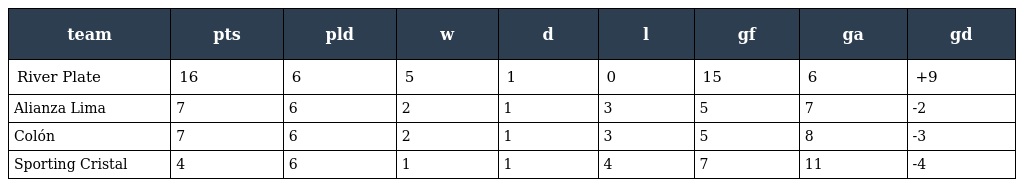
| team | pts | pld | w | d | l | gf | ga | gd |
 | --- | --- | --- | --- | --- | --- | --- | --- | --- |
 | River Plate | 16 | 6 | 5 | 1 | 0 | 15 | 6 | +9 |
 | Alianza Lima | 7 | 6 | 2 | 1 | 3 | 5 | 7 | -2 |
 | Colón | 7 | 6 | 2 | 1 | 3 | 5 | 8 | -3 |
 | Sporting Cristal | 4 | 6 | 1 | 1 | 4 | 7 | 11 | -4 |